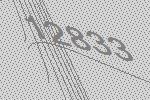
12833